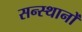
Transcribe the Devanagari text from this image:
सन्स्थानों